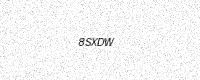
Text: 8SXDW